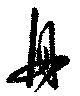
舟